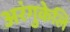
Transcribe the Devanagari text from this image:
अरंगुकेलि